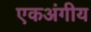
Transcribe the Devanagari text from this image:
एकअंगीय